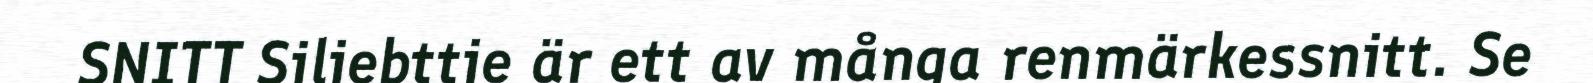
SNITT Sjliebttje är ett av många renmärkessnitt. Se